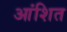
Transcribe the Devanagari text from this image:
आंशित